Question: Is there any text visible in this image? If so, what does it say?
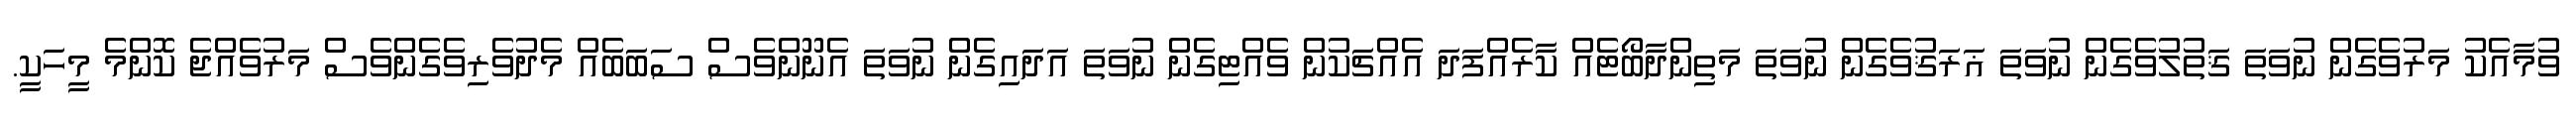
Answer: ވުމާއެކު މަރުވެގެން ނުވަތަ ޤަތުލުވެގެން ނުވަތަ ޣަރަޤުވެގެން ނުވަތަ މަތިންދާބޯޓެއް ކާރެއްފަދަ އެއްޗަކުން ވެއްޓިގެން ނުވަތަ އަދައިގެން ނުވަތަ އެނޫންވެސް ސަބަބެއް މެދުވެރިވެގެންވެސް މަރުވެއްޖެ ކޮންމެ މީހަކީ.